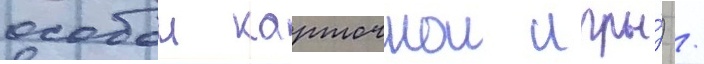
особои карточнои игры́) /